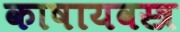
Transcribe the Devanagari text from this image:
काषायवस्त्र